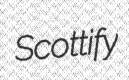
Scottify